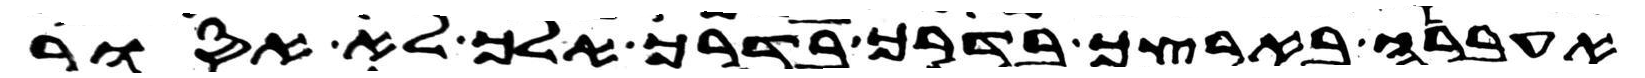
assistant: אעברה בארצך בדרך בדרך אלך לא אסור